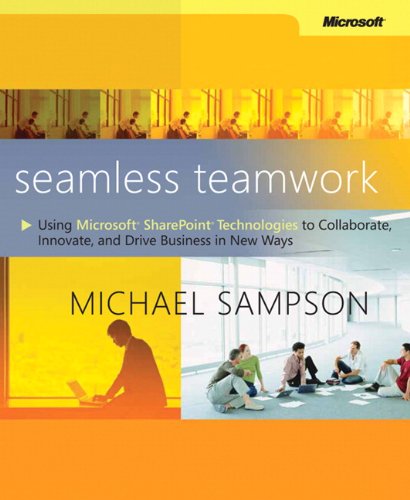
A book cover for Seamless Teamwork: Using Microsoft SharePoint Technologies to Collaborate, Innovate, and Drive Business in New Ways (Business Skills); Michael Sampson; Computers & Technology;